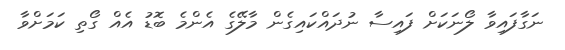
ނަގާފައިވާ ލޯނަކަށް ފައިސާ ނުދައްކައިގެން މާލޭގެ އެންމެ ބޮޑު އެއް ގޯތި ކަމަށްވާ